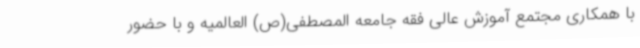
با همکاری مجتمع آموزش عالی فقه جامعه المصطفی(ص) العالمیه و با حضور